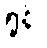
ရုန်း